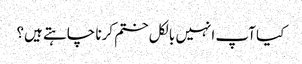
کیا آپ انہیں بالکل ختم کرنا چاہتے ہیں؟